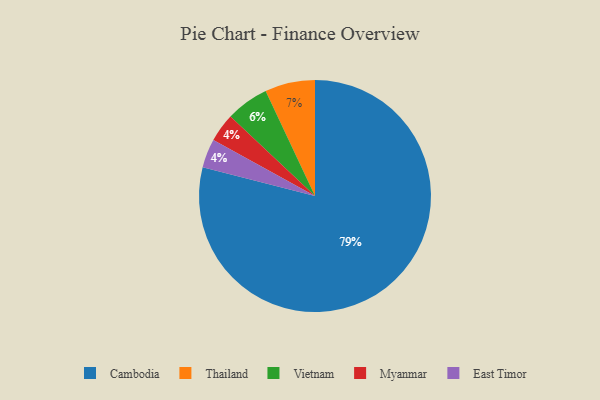
{"axis": {"x": "Category", "y": "Percentage"}, "legend": ["Cambodia", "East Timor", "Myanmar", "Thailand", "Vietnam"], "data": [{"x": "Myanmar", "y": 4, "type": "Myanmar"}, {"x": "Vietnam", "y": 6, "type": "Vietnam"}, {"x": "Thailand", "y": 7, "type": "Thailand"}, {"x": "Cambodia", "y": 79, "type": "Cambodia"}, {"x": "East Timor", "y": 4, "type": "East Timor"}]}